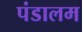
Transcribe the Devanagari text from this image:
पंडालम